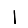
Digit: 1